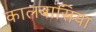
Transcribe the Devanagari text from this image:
कालबासिया